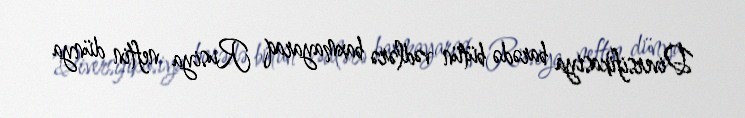
Diversifikasiya barədə bütün vədlərə baxmayaraq Rusiya neftin dünya